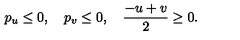
p _ { u } \leq 0 , \quad p _ { v } \leq 0 , \quad \frac { - u + v } { 2 } \geq 0 .